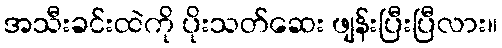
အသီးခင်းထဲကို ပိုးသတ်ဆေး ဖျန်းပြီးပြီလား။